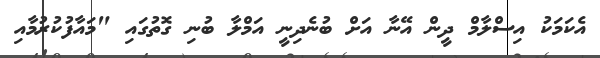
އެކަމަކު އިސްލާމް ދީން އޭނާ އަށް ބުނެދިނީ އަމްލާ ބުނި ގޮތުގައި "މައާފުކުރުމާއި